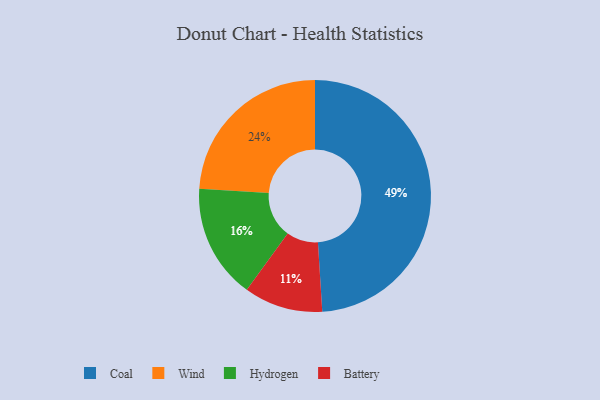
{"axis": {"x": "Category", "y": "Percentage"}, "legend": ["Battery", "Coal", "Hydrogen", "Wind"], "data": [{"x": "Battery", "y": 11, "type": "Battery"}, {"x": "Hydrogen", "y": 16, "type": "Hydrogen"}, {"x": "Wind", "y": 24, "type": "Wind"}, {"x": "Coal", "y": 49, "type": "Coal"}]}